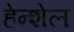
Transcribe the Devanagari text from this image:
हेन्शेल